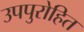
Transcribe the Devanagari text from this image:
उपपुरोहित